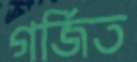
গর্জিত